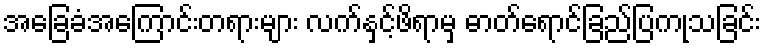
အခြေခံအကြောင်းတရားများ လက်နှင့်ဖိရာမှ ဓာတ်ရောင်ခြည်ပြကုသခြင်း